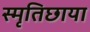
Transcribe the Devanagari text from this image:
स्मृतिछाया